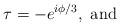
LaTeX: \begin{align*} \tau=-e^{i\phi/3}, \ {\rm and}\end{align*}